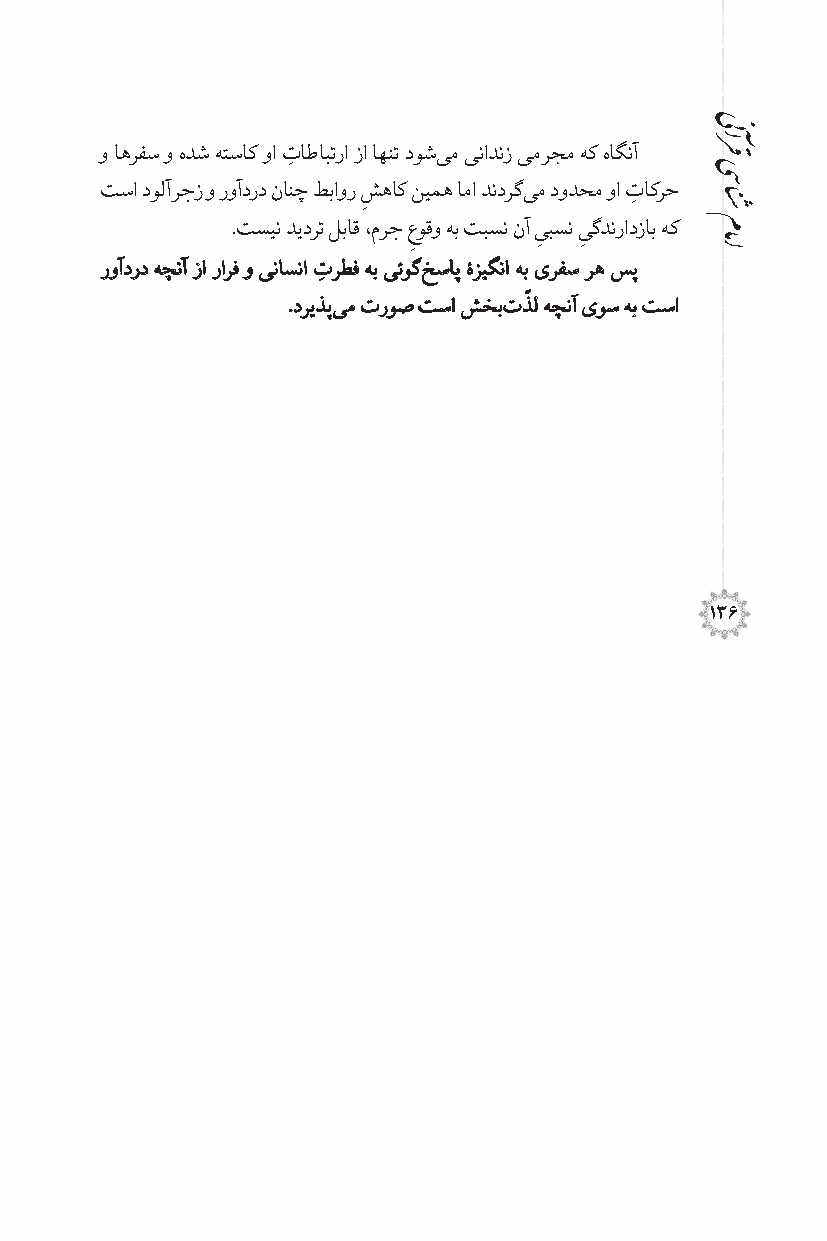
و اهرفس و هدش هتساک وا تاطابترا زا اهنت دوش یم ینادنز یمرجم هک هاگنآ
 ِ
 تسا دولآرجز و روآدرد نانچ طباور شهاک نیمه اما دندرگ یم دودحم وا تاکرح
 ِ
 ِ
 .تسین دیدرت لباق ،مرج عوقو هب تبسن نآ یبسن یگدنرادزاب هک
 ِ        ِ  ِ
 روآدرد هچنآ زا رارف و یناسنا ترطف هب یئوگ خساپ ۀزیگنا هب ىرفس ره سپ
 ِ
 ّ
 .دریذپ یم تروص تسا شخب تذل هچنآ ىوس هب تسا
 136